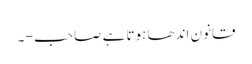
قانون اندھا ہوتا ہے صاحب - ۔